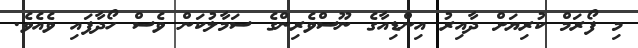
މި ފޯރަމް ކުރިޔަށް ދާއިރު އިންޑިއާގެ ނޫސްވެރިންގެ ސަމާލުކަން ވެސް ހޯދާފައި ވެއެވެ.